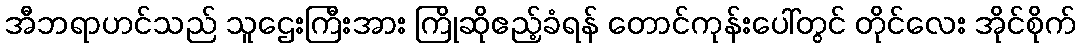
အီဘရာဟင်သည် သူဌေးကြီးအား ကြိုဆိုဧည့်ခံရန် တောင်ကုန်းပေါ်တွင် တိုင်လေး အိုင်စိုက်